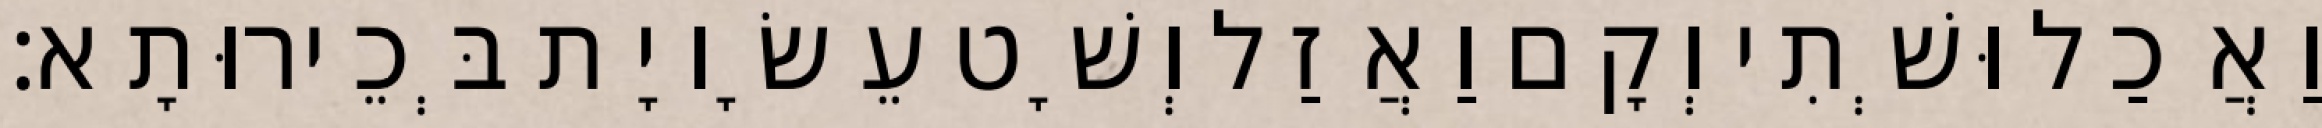
וַאֲכַל וּשְׁתִי וְקָם וַאֲזַל וְשָׁט עֵשָׂו יָת בְּכֵירוּתָא׃